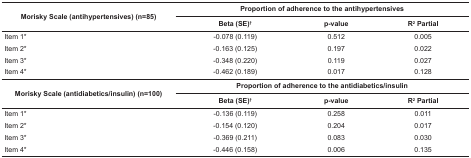
<table><thead><tr><td rowspan="2"><b>Morisky Scale(antihypertensives) (n=85)</b></td><td colspan="3"><b>Proportion of adherence to theantihypertensives</b></td></tr><tr><td><b>Beta (SE)<sup>†</sup></b></td><td><b>p-value</b></td><td><b>R<sup>2</sup> Partial</b></td></tr></thead><tbody><tr><td> Item 1*</td><td> -0.078 (0.119)</td><td> 0.512</td><td> 0.005</td></tr><tr><td> Item 2*</td><td> -0.163 (0.125)</td><td> 0.197</td><td> 0.022</td></tr><tr><td> Item 3*</td><td> -0.348 (0.220)</td><td> 0.119</td><td> 0.027</td></tr><tr><td> Item 4*</td><td> -0.462 (0.189)</td><td> 0.017</td><td> 0.128</td></tr><tr><td rowspan="2"> Morisky Scale (antidiabetics/insulin)(n=100) </td><td colspan="3"> Proportion of adherence to theantidiabetics/insulin </td></tr><tr><td> Beta (SE)<sup>†</sup></td><td> p-value </td><td> R<sup>2</sup> Partial </td></tr><tr><td> Item 1*</td><td> -0.136 (0.119)</td><td> 0.258</td><td> 0.011</td></tr><tr><td> Item 2*</td><td> -0.154 (0.120)</td><td> 0.204</td><td> 0.017</td></tr><tr><td> Item 3*</td><td> -0.369 (0.211)</td><td> 0.083</td><td> 0.030</td></tr><tr><td> Item 4*</td><td> -0.446 (0.158)</td><td> 0.006</td><td> 0.135</td></tr></tbody></table>